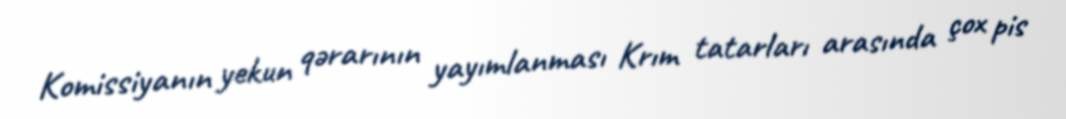
Komissiyanın yekun qərarının yayımlanması Krım tatarları arasında çox pis